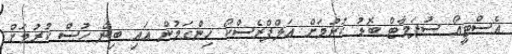
އެސްޓީއޯ ސުޕަމާޓް ބޮޑު ކުރުމަށް އަލްފްރެސްކޯ ހިންގަމުން އައި ބިން ހުސް ކުރުމަށް